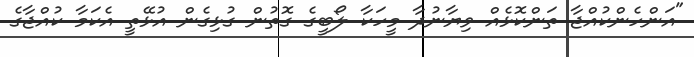
"އަންހެންކުއްޖާ ތަންކޮޅެއް ވިޔާނުދާ މީހަކާ ލޯބީގެ ގޮތުން ގުޅިގެން އުޅޭތީ އެކަމާ ކުއްޖާގެ